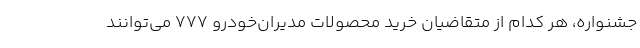
جشنواره، هر کدام از متقاضیان خرید محصولات مدیران‌خودرو 777 می‌توانند